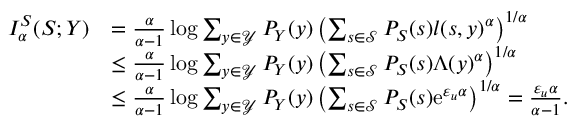
\begin{array} { r l } { I _ { \alpha } ^ { S } ( S ; Y ) } & { = \frac { \alpha } { \alpha - 1 } \log \sum _ { y \in \mathcal { Y } } P _ { Y } ( y ) \left( \sum _ { s \in \mathcal { S } } P _ { S } ( s ) l ( s , y ) ^ { \alpha } \right) ^ { 1 / \alpha } } \\ & { \leq \frac { \alpha } { \alpha - 1 } \log \sum _ { y \in \mathcal { Y } } P _ { Y } ( y ) \left( \sum _ { s \in \mathcal { S } } P _ { S } ( s ) \Lambda ( y ) ^ { \alpha } \right) ^ { 1 / \alpha } } \\ & { \leq \frac { \alpha } { \alpha - 1 } \log \sum _ { y \in \mathcal { Y } } P _ { Y } ( y ) \left( \sum _ { s \in \mathcal { S } } P _ { S } ( s ) \mathrm { e } ^ { \varepsilon _ { u } \alpha } \right) ^ { 1 / \alpha } = \frac { \varepsilon _ { u } \alpha } { \alpha - 1 } . } \end{array}